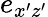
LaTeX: e_{x^{\prime}z^{\prime}}